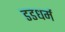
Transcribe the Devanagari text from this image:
डडधर्म